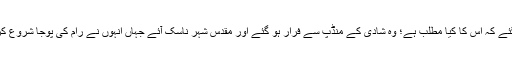
یہ سننے کے فوراً بعد سمجھ گئے کہ اس کا کیا مطلب ہے؛ وہ شادی کے منڈپ سے فرار ہو گئے اور مقدس شہر ناسک آئے جہاں انہوں نے رام کی پوجا شروع کر دی، جو بارہ سالوں تک چلی۔